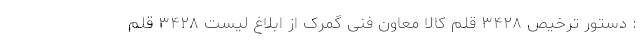
: دستور ترخیص ۳۴۲۸ قلم کالا معاون فنی گمرک از ابلاغ لیست ۳۴۲۸ قلم